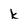
Character: k